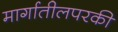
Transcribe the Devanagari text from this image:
मार्गातीलपरकी